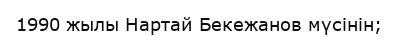
1990 жылы Нартай Бекежанов мүсінін;